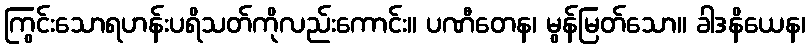
ကြွင်းသောရဟန်းပရိသတ်ကိုလည်းကောင်း။ ပဏီတေန၊ မွန်မြတ်သော။ ခါဒနိယေန၊